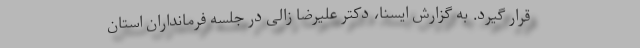
قرار گیرد. به گزارش ایسنا، دکتر علیرضا زالی در جلسه فرمانداران استان